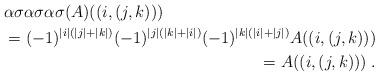
LaTeX: \begin{align*}\begin{multlined}\alpha\sigma\alpha\sigma\alpha\sigma(A)((i,(j,k)))\\=(-1)^{|i|(|j|+|k|)}(-1)^{|j|(|k|+|i|)}(-1)^{|k|(|i|+|j|)}A((i,(j,k)))\\=A((i,(j,k)))\;.\end{multlined}\end{align*}